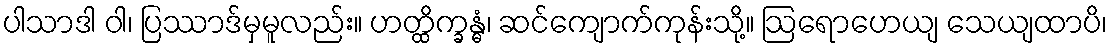
ပါသာဒါ ဝါ၊ ပြဿာဒ်မှမူလည်း။ ဟတ္ထိက္ခန္ဓံ၊ ဆင်ကျောက်ကုန်းသို့။ ဩရောဟေယျ သေယျထာပိ၊